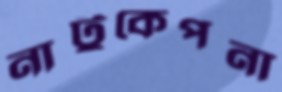
নাটুকেপনা